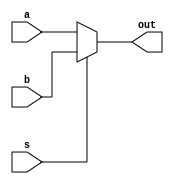
    `timescale 1ps/1ps

module Mux2to1 #(parameter N=16)(s, a, b, out);
	input s;
	input [N-1:0]a,b;
	output [N-1:0]out;

	assign out = s ? b : a;
endmodule

module Mux3to1 #(parameter N=16)(s, a, b, c, out);
		input [1:0]s;
		input [N-1:0]a,b,c;
		output reg[N-1:0]out;

	always @(s, a, b, c)begin
		case (s)
			2'b00 : out = a;
			2'b01 : out = b;
			2'b10 : out = c;
			default : out = 0;
		endcase
	end
endmodule

module Register(clk,rst,ld,in,out);
    input clk,rst,ld;
    input [15:0]in;
    output reg [15:0]out;

    always @(posedge clk, posedge rst)
        if(rst)
            out<=16'd0;
        else if(ld)
             out<=in;
    
endmodule

module Sign_extend(in,out);
    input [11:0]in;
    output [15:0]out;

    assign out = {{4{in[11]}}, in};

endmodule